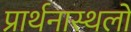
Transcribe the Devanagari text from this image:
प्रार्थनास्थलों